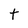
Character: t